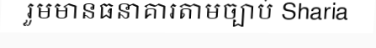
រួមមានធនាគារតាមច្បាប់ Sharia